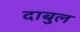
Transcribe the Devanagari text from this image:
दाबुल